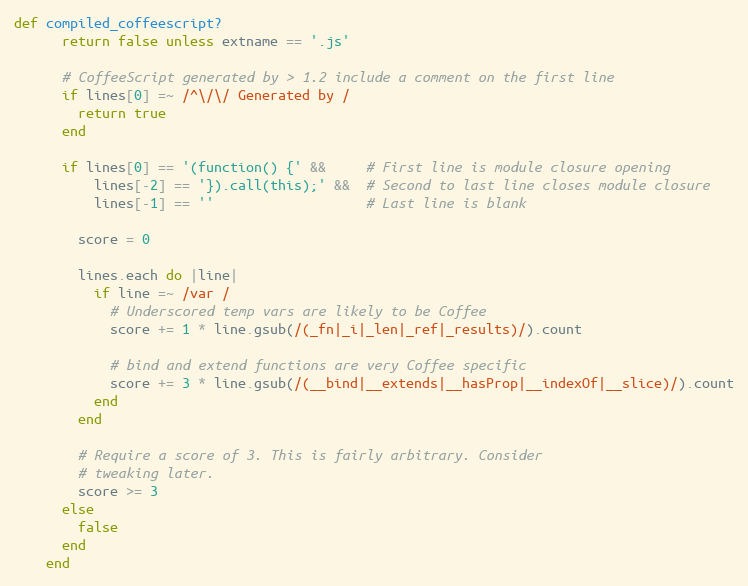
Language: Ruby
def compiled_coffeescript?
      return false unless extname == '.js'

      # CoffeeScript generated by > 1.2 include a comment on the first line
      if lines[0] =~ /^\/\/ Generated by /
        return true
      end

      if lines[0] == '(function() {' &&     # First line is module closure opening
          lines[-2] == '}).call(this);' &&  # Second to last line closes module closure
          lines[-1] == ''                   # Last line is blank

        score = 0

        lines.each do |line|
          if line =~ /var /
            # Underscored temp vars are likely to be Coffee
            score += 1 * line.gsub(/(_fn|_i|_len|_ref|_results)/).count

            # bind and extend functions are very Coffee specific
            score += 3 * line.gsub(/(__bind|__extends|__hasProp|__indexOf|__slice)/).count
          end
        end

        # Require a score of 3. This is fairly arbitrary. Consider
        # tweaking later.
        score >= 3
      else
        false
      end
    end